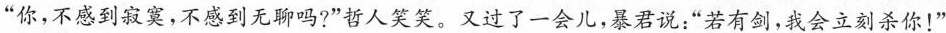
”你，不感到寂寞，不感到无聊吗?”哲人笑笑。又过了一会儿，暴君说：”若有剑，我会立刻杀你！”